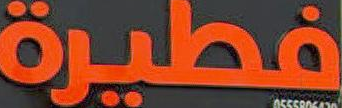
فطيرة